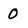
Character: O